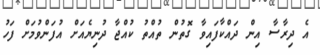
އެ ދިރާސާ އިން ދައްކާފައިވާ ގޮތުން ތުއްތު ކުއްޖާ ދުނިޔެއަށް އުފަންވުމަށް ފަހު